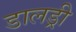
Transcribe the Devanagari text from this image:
डालड्री